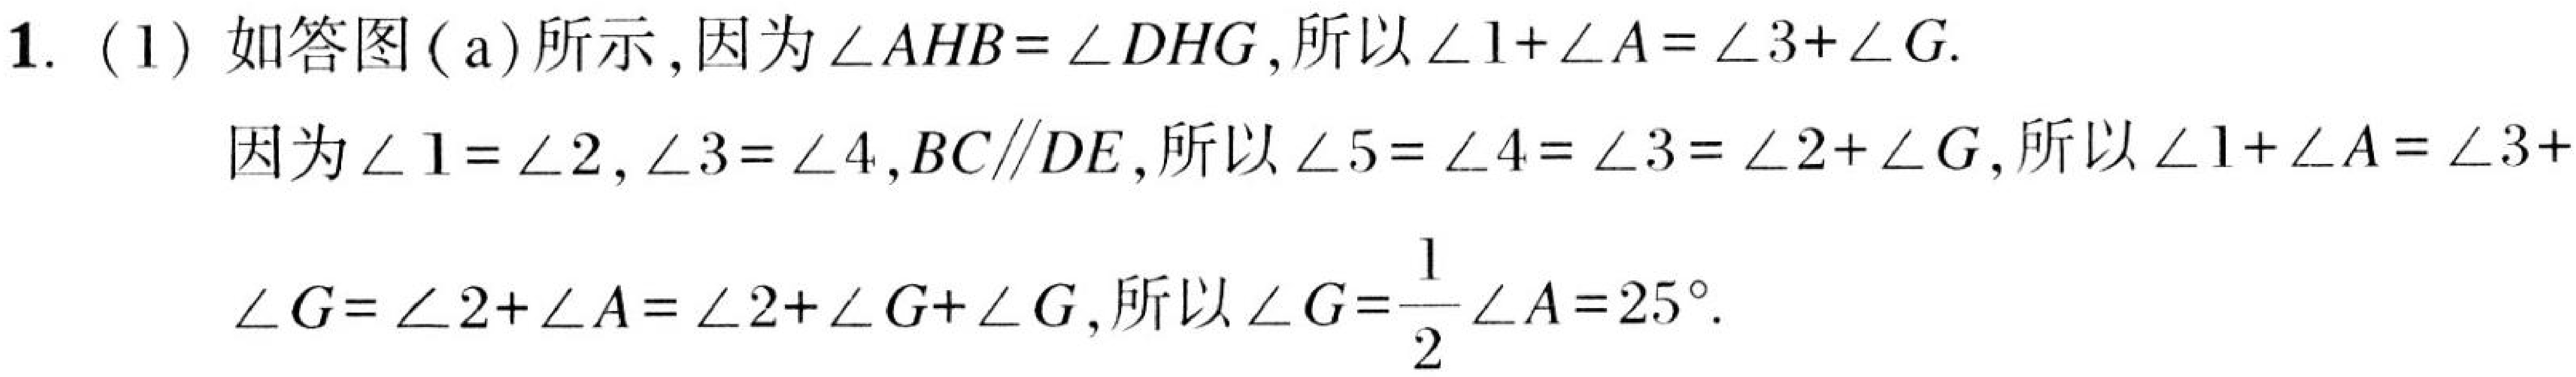
1. (1) 如答图(a)所示，因为\(\angle AHB=\angle DHG\)，所以\(\angle1 + \angle A=\angle3+\angle G\).
因为\(\angle1=\angle2\)，\(\angle3=\angle4\)，\(BC\parallel DE\)，所以\(\angle5=\angle4=\angle3=\angle2+\angle G\)，所以\(\angle1+\angle A=\angle3+\)
\(\angle G=\angle2+\angle A=\angle2+\angle G+\angle G\)，所以\(\angle G=\frac{1}{2}\angle A = 25^{\circ}\).